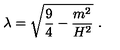
\lambda = \sqrt { \frac { 9 } { 4 } - \frac { m ^ { 2 } } { H ^ { 2 } } } \ .